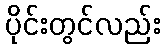
ပိုင်းတွင်လည်း